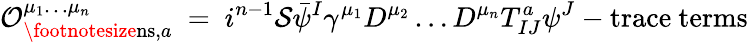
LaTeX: {\cal O}_{\mathrm{\footnotesize{ns}},a}^{\mu_{1}\ldots\mu_{n}}~=~i^{n-1}{\cal S}\bar{\psi}^{I}\gamma^{\mu_{1}}D^{\mu_{2}}\ldots D^{\mu_{n}}T_{IJ}^{a}\psi^{J}-\mathrm{trace~terms}